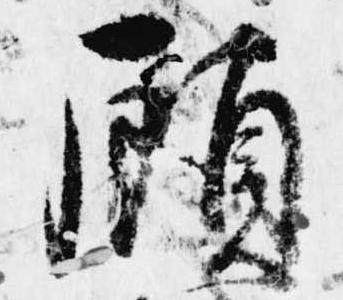
顧